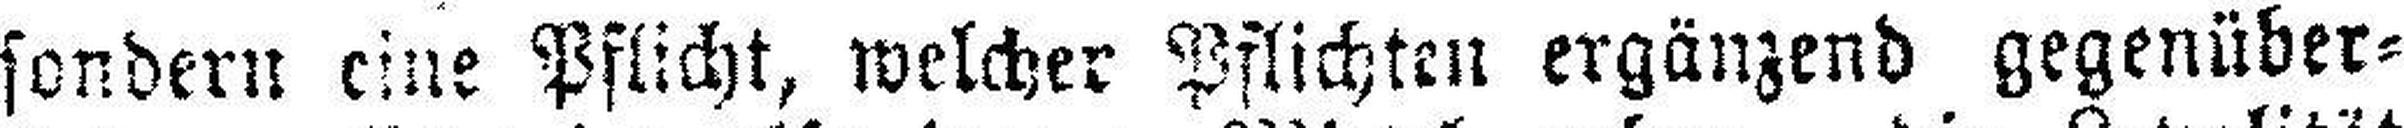
sondern eine Pflicht, welcher Pflichten ergänzend gegenüber¬